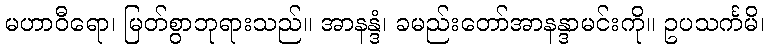
မဟာဝီရော၊ မြတ်စွာဘုရားသည်။ အာနန္ဒံ၊ ခမည်းတော်အာနန္ဒာမင်းကို။ ဥပသင်္ကမိ၊